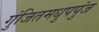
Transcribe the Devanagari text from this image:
गुंजितमधुपपुंज